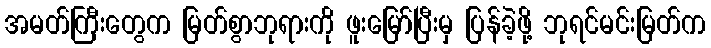
အမတ်ကြီးတွေက မြတ်စွာဘုရားကို ဖူးမြော်ပြီးမှ ပြန်ခဲ့ဖို့ ဘုရင်မင်းမြတ်က